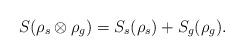
LaTeX: \begin{align*}S(\rho_s\otimes\rho_g) = S_s (\rho_s) + S_g(\rho_g).\end{align*}